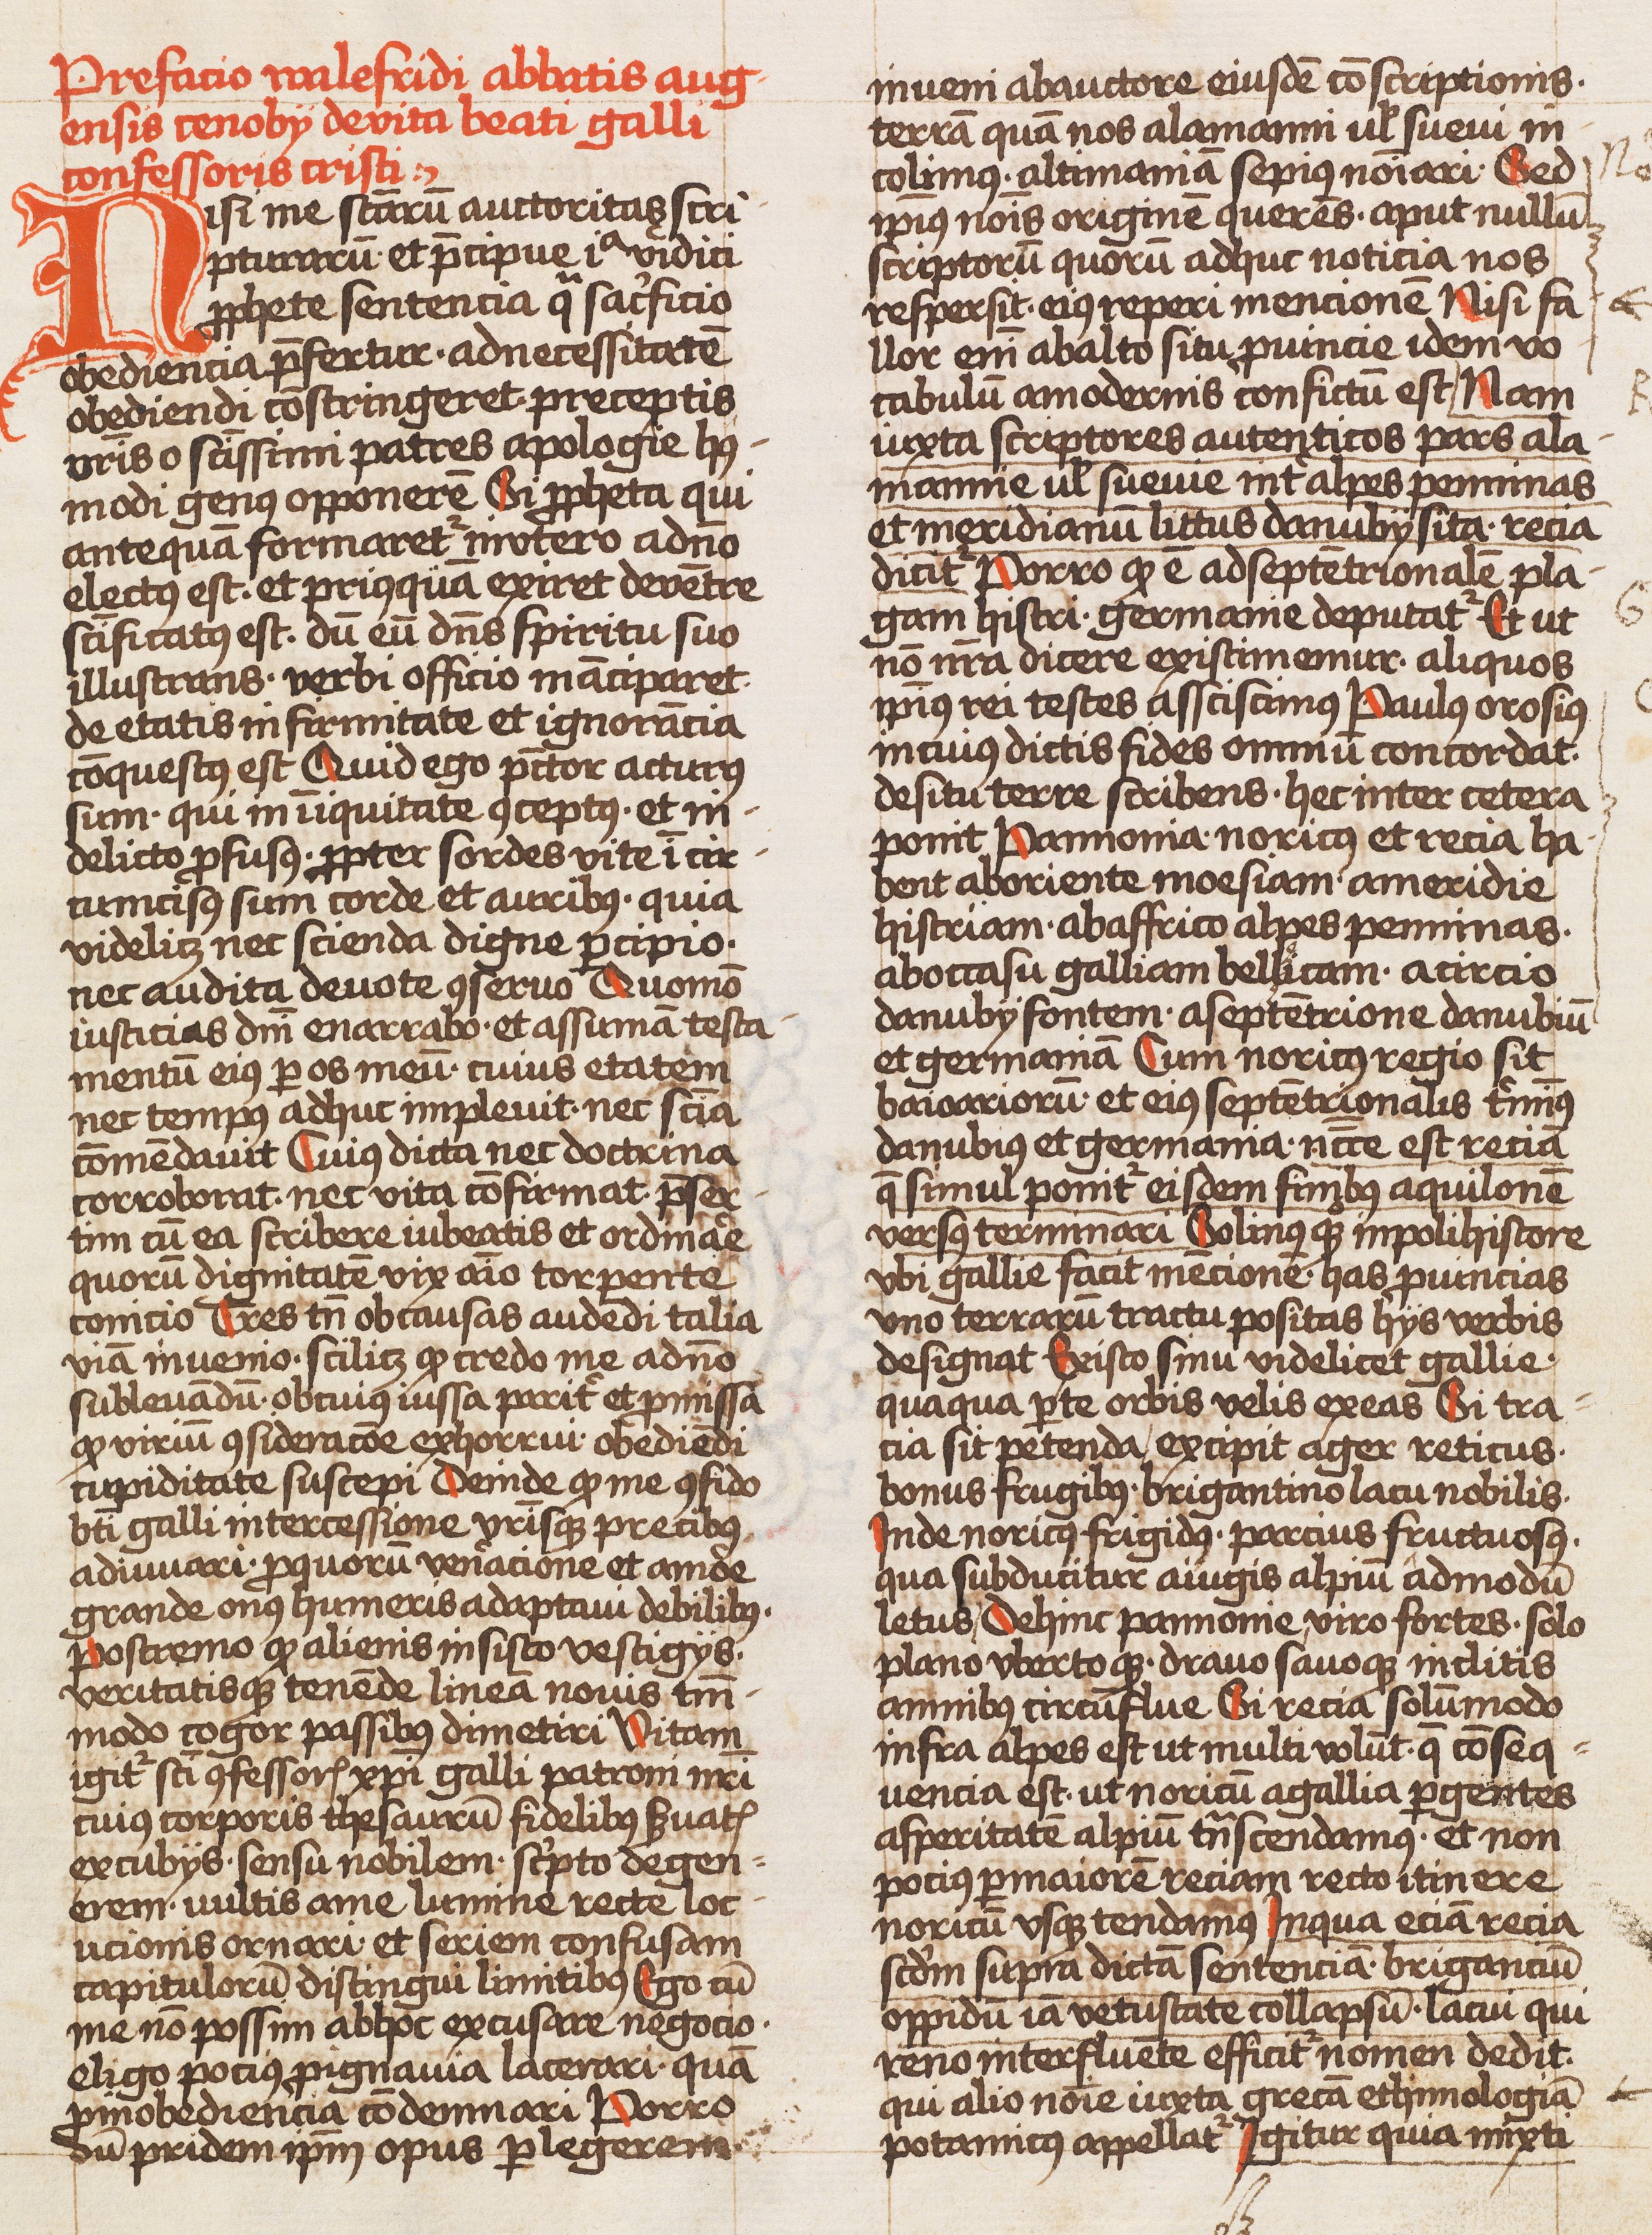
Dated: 1450–1499